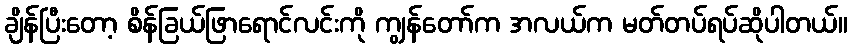
ချိန်ပြီးတော့ စိန်ခြယ်ဖြာရောင်လင်းကို ကျွန်တော်က အလယ်က မတ်တပ်ရပ်ဆိုပါတယ်။